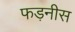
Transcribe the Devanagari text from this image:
फड़नीस